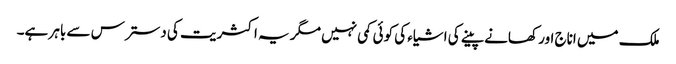
ملک میں اناج اور کھانے پینے کی اشیاء کی کوئی کمی نہیں مگر یہ اکثریت کی دسترس سے باہر ہے۔